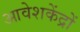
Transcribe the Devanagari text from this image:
आवेशकेंद्रों